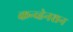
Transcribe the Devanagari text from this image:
कन्व्हेनशन